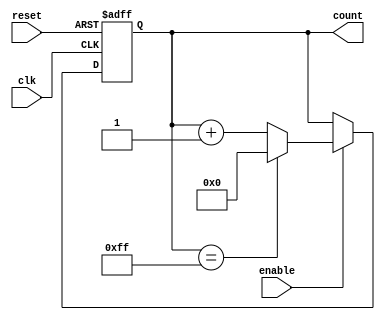
module async_counter #(parameter N = 8) (
    input wire enable,          // Enable signal
    input wire reset,           // Asynchronous reset signal
    input wire clk,             // Clock signal for triggering
    output reg [N-1:0] count    // Output count value
);

// Ensure the counter wraps around correctly
localparam MAX_COUNT = (1 << N) - 1;

always @(posedge clk or posedge reset) begin
    if (reset) begin
        count <= 0; // Reset count to 0
    end else if (enable) begin
        if (count == MAX_COUNT) begin
            count <= 0; // Wrap around to 0
        end else begin
            count <= count + 1; // Increment count
        end
    end
end

endmodule